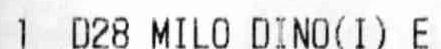
1 D28 MILO DINO (I) E